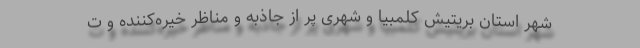
شهر استان بریتیش کلمبیا و شهری پر از جاذبه و مناظر خیره‌کننده و ت